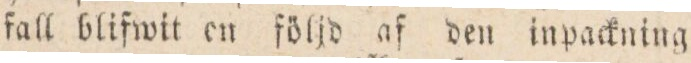
fall blifwit en följd af den inpackning